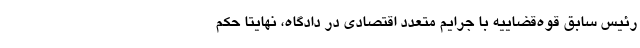
رئیس سابق قوه‌قضاییه با جرایم متعدد اقتصادی در دادگاه، نهایتا حکم